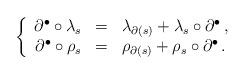
LaTeX: \begin{align*} \left\{ \begin{array}{rcl} \partial^\bullet \circ \lambda_s & = & \lambda_{\partial(s)} + \lambda_s \circ \partial^\bullet\,, \\ \partial^\bullet \circ \rho_s & = & \rho_{\partial(s)} + \rho_s \circ \partial^\bullet\,. \\ \end{array}\right.\end{align*}